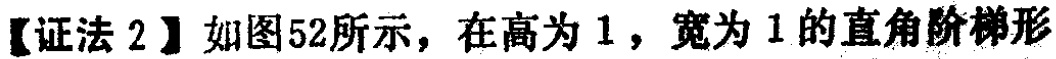
【证法 2】如图52所示，在高为 1，宽为 1的直角阶梯形